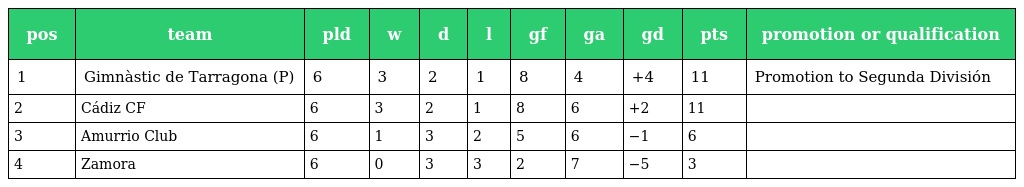
| pos | team | pld | w | d | l | gf | ga | gd | pts | promotion or qualification |
 | --- | --- | --- | --- | --- | --- | --- | --- | --- | --- | --- |
 | 1 | Gimnàstic de Tarragona (P) | 6 | 3 | 2 | 1 | 8 | 4 | +4 | 11 | Promotion to Segunda División |
 | 2 | Cádiz CF | 6 | 3 | 2 | 1 | 8 | 6 | +2 | 11 |  |
 | 3 | Amurrio Club | 6 | 1 | 3 | 2 | 5 | 6 | −1 | 6 |  |
 | 4 | Zamora | 6 | 0 | 3 | 3 | 2 | 7 | −5 | 3 |  |